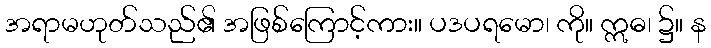
အရာမဟုတ်သည်၏ အဖြစ်ကြောင့်ကား။ ပဒပရမော၊ ကို။ ဣဓ၊ ၌။ န